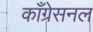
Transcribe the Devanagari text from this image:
काँग्रेसनल